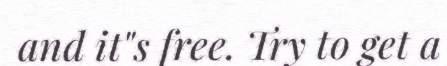
and it"s free. Try to get a